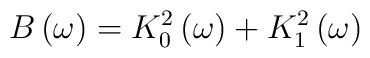
B\left( \omega \right) = K_0 ^2\left( \omega \right) + K_1 ^2\left( \omega \right)